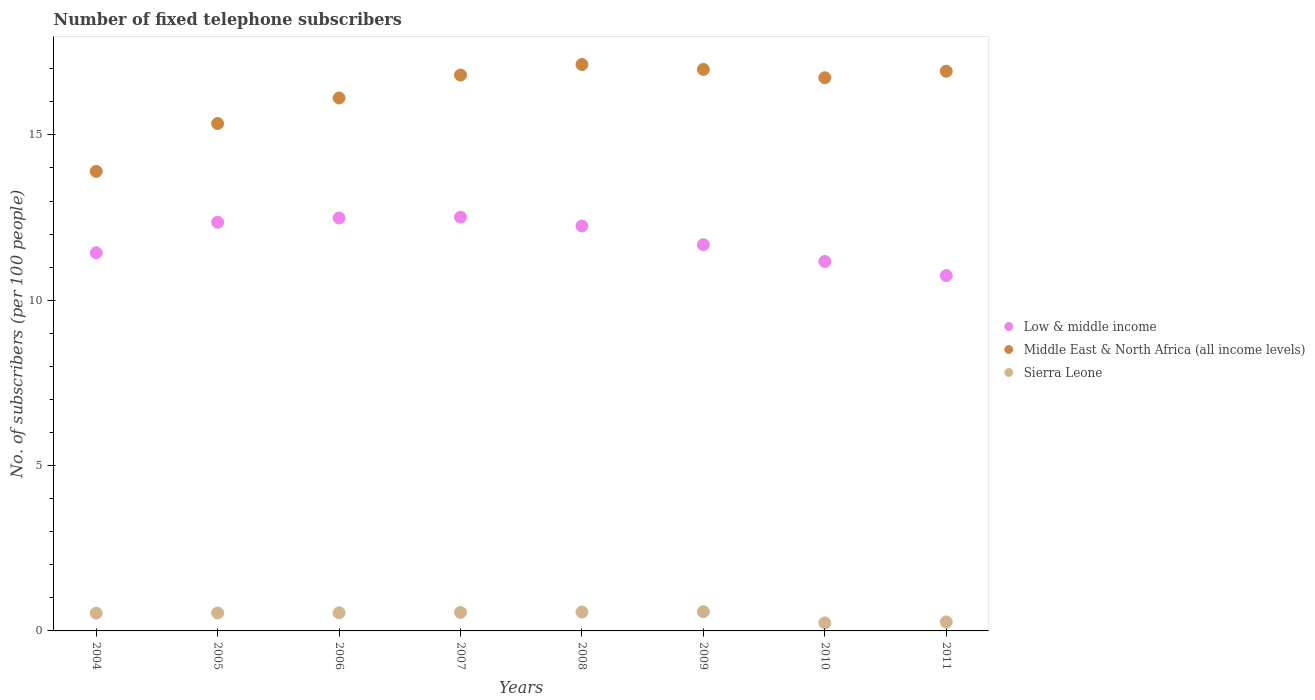
| Years | Low & middle income | Middle East & North Africa (all income levels) | Sierra Leone |
 | --- | --- | --- | --- |
 | 2004 | 11.4 | 13.9 | 0.538 |
 | 2005 | 12.4 | 15.3 | 0.543 |
 | 2006 | 12.5 | 16.1 | 0.549 |
 | 2007 | 12.5 | 16.8 | 0.559 |
 | 2008 | 12.2 | 17.1 | 0.569 |
 | 2009 | 11.7 | 17 | 0.581 |
 | 2010 | 11.2 | 16.7 | 0.243 |
 | 2011 | 10.7 | 16.9 | 0.273 |